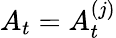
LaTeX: A_{t}=A_{t}^{(j)}